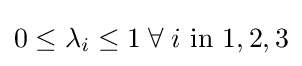
0\leq \lambda _{i}\leq 1\;\forall \;i{\text{ in }}1,2,3